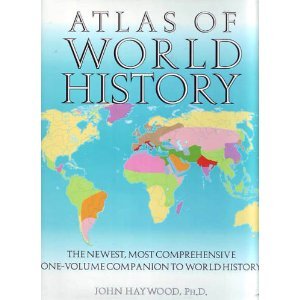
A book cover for Atlas of World History; John Haywood; History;